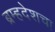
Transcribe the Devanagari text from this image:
ब्रम्हदेशचा